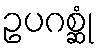
ဥပဂစ္ဆုံ